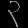
Digit: ၃